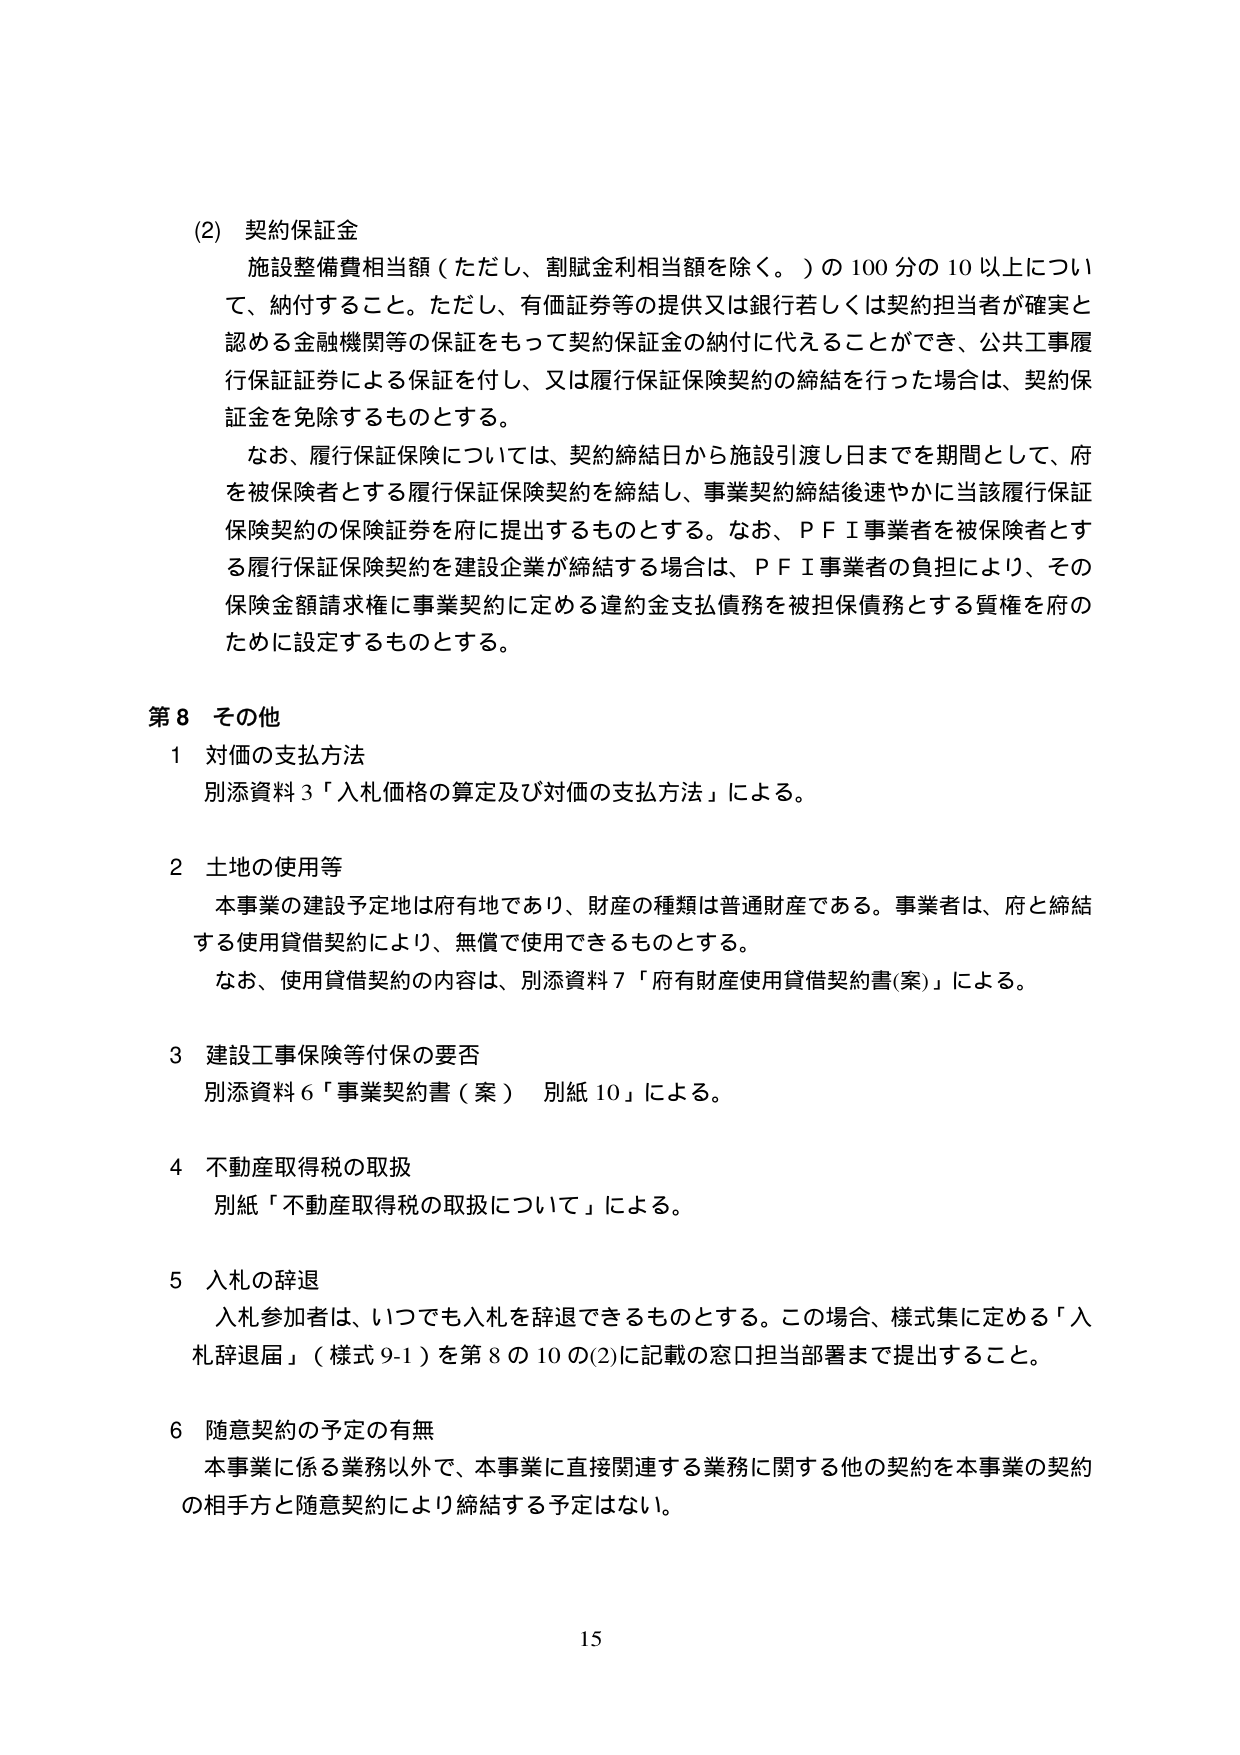
(2) 契約保証金
施設整備費相当額（ただし、割賦金利相当額を除く。）の100分の10以上について、納付すること。ただし、有価証券等の提供又は銀行若しくは契約担当者が確実と認める金融機関等の保証をもって契約保証金の納付に代えることができ、公共工事履行保証証券による保証を付し、又は履行保証保険契約の締結を行った場合は、契約保証金を免除するものとする。
なお、履行保証保険については、契約締結日から施設引渡し日までを期間として、府を被保険者とする履行保証保険契約を締結し、事業契約締結後速やかに当該履行保証保険契約の保険証券を府に提出するものとする。なお、ＰＦＩ事業者を被保険者とする履行保証保険契約を建設企業が締結する場合は、ＰＦＩ事業者の負担により、その保険金額請求権に事業契約に定める違約金支払債務を被担保債務とする質権を府のために設定するものとする。

第8 その他
1 対価の支払方法
別添資料3「入札価格の算定及び対価の支払方法」による。

2 土地の使用等
本事業の建設予定地は府有地であり、財産の種類は普通財産である。事業者は、府と締結する使用貸借契約により、無償で使用できるものとする。
なお、使用貸借契約の内容は、別添資料7「府有財産使用貸借契約書(案)」による。

3 建設工事保険等付保の要否
別添資料6「事業契約書（案） 別紙10」による。

4 不動産取得税の取扱
別紙「不動産取得税の取扱について」による。

5 入札の辞退
入札参加者は、いつでも入札を辞退できるものとする。この場合、様式集に定める「入札辞退届」（様式9-1）を第8の10の(2)に記載の窓口担当部署まで提出すること。

6 随意契約の予定の有無
本事業に係る業務以外で、本事業に直接関連する業務に関する他の契約を本事業の契約の相手方と随意契約により締結する予定はない。

15